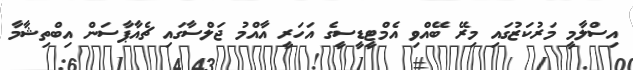
އިސްލާމީ މަރުކަޒުގައި މިރޭ ބޭއްވި އެމްޓީޑީސީގެ އަހަރީ އާއްމު ޖަލްސާގައި ޗެއާޕާސަން އިބްތިޝާމާ